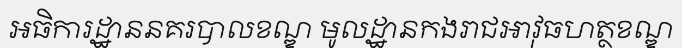
អធិការដ្ឋាននគរបាលខណ្ឌ មូលដ្ឋានកងរាជអាវុធហត្ថខណ្ឌ